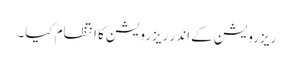
ریزرویشن کے اندر ریزرویشن کا انتظام کیا۔